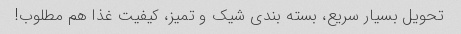
تحویل بسیار سریع، بسته بندی شیک و تمیز، کیفیت غذا هم مطلوب!